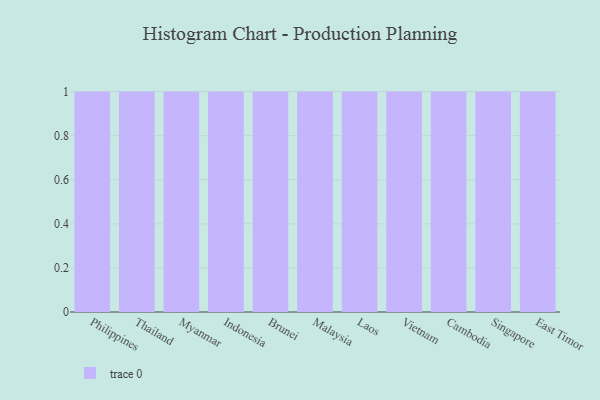
{"axis": {"x": "Country", "y": "Budget (USD K)"}, "legend": [""], "data": [{"x": "Philippines", "y": 9, "type": ""}, {"x": "Thailand", "y": 48, "type": ""}, {"x": "Myanmar", "y": 34, "type": ""}, {"x": "Indonesia", "y": 75, "type": ""}, {"x": "Brunei", "y": 24, "type": ""}, {"x": "Malaysia", "y": 17, "type": ""}, {"x": "Laos", "y": 88, "type": ""}, {"x": "Vietnam", "y": 70, "type": ""}, {"x": "Cambodia", "y": 57, "type": ""}, {"x": "Singapore", "y": 13, "type": ""}, {"x": "East Timor", "y": 82, "type": ""}]}